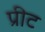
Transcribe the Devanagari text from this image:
प्रीट